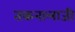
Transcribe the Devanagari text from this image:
तकनालाजी